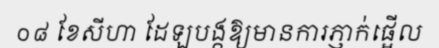
០៨ ខែសីហា ដែឡបង្កឱ្យមានការភ្ញាក់ផ្អើល